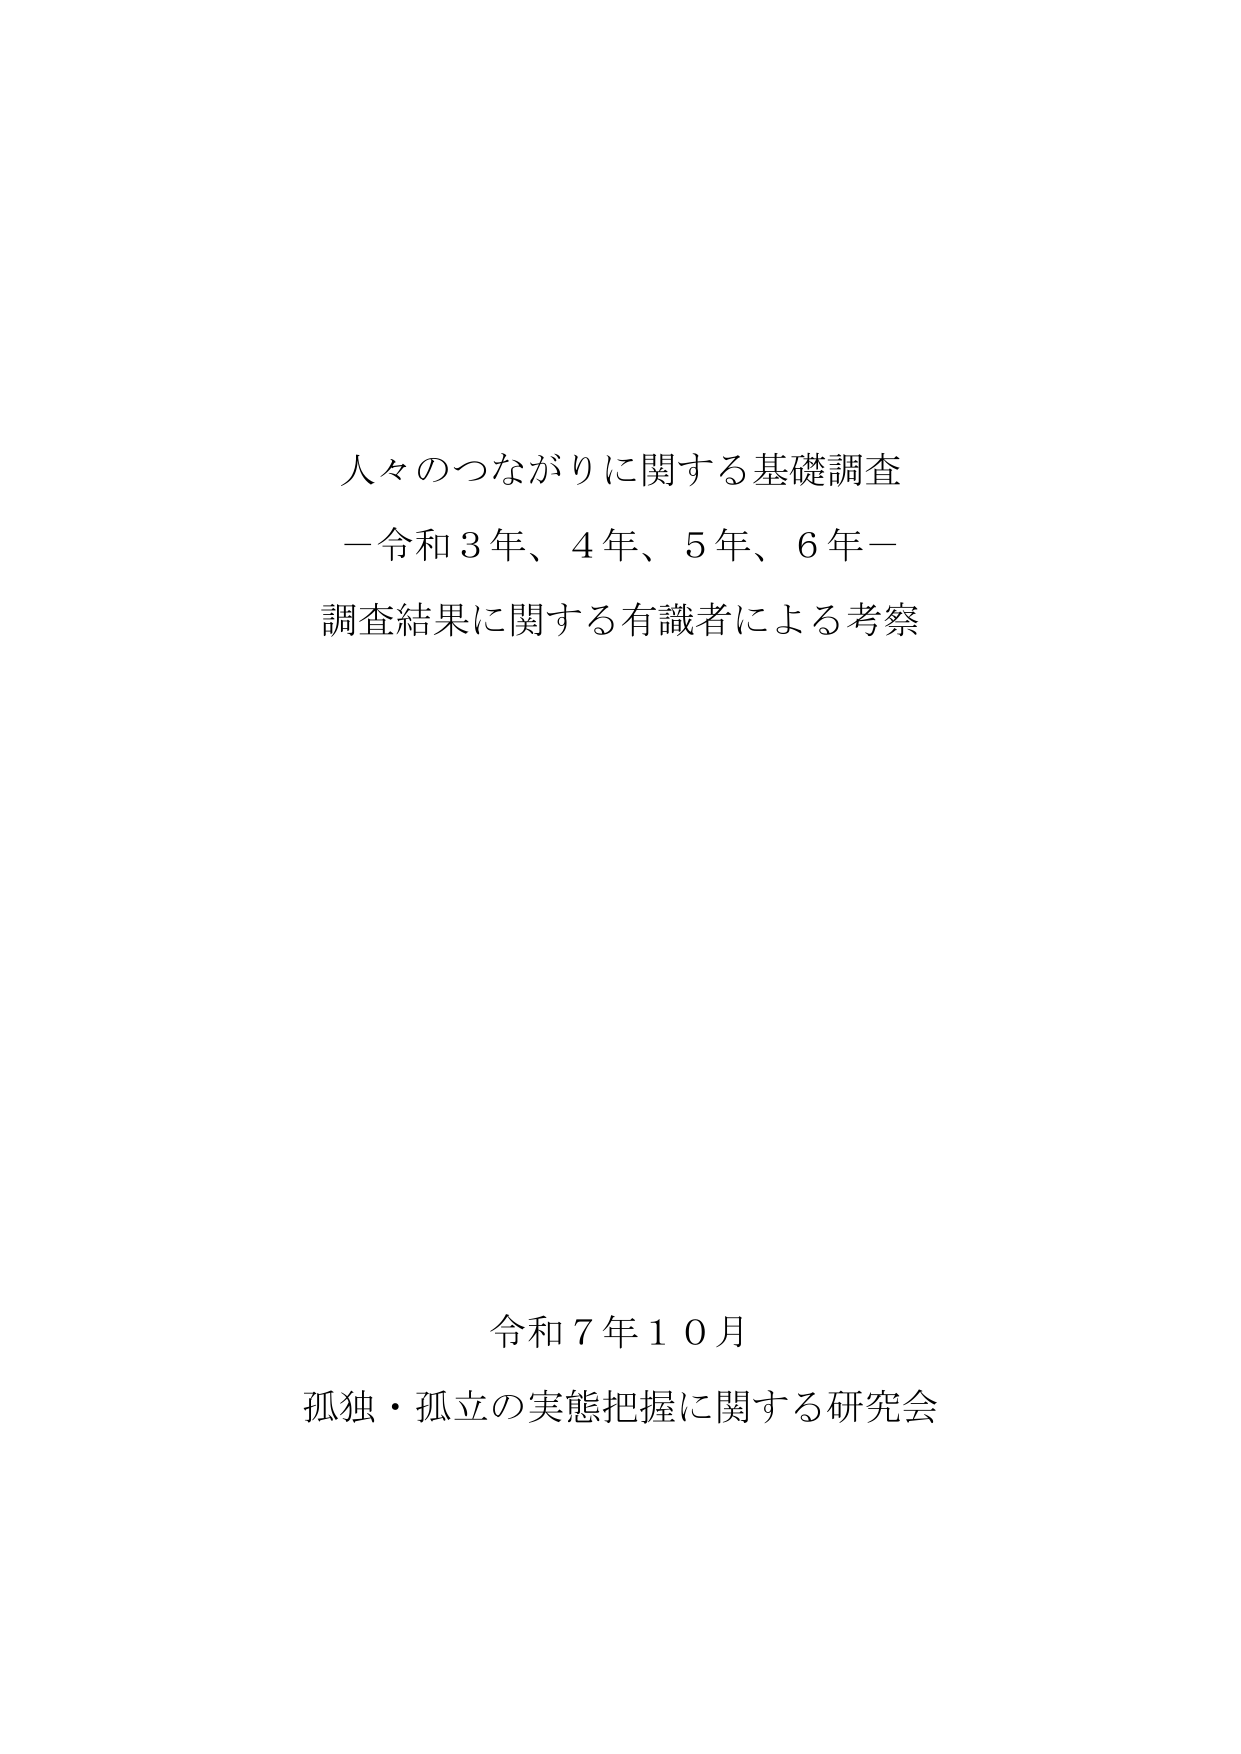
人々のつながりに関する基礎調査
－令和３年、４年、５年、６年－
調査結果に関する有識者による考察

令和７年１０月
孤独・孤立の実態把握に関する研究会